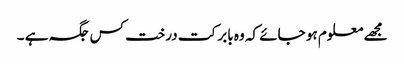
مجھے معلوم ہو جائے کہ وہ بابر کت درخت کس جگہ ہے ۔